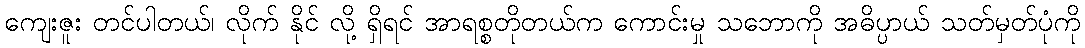
ကျေးဇူး တင်ပါတယ်၊ လိုက် နိုင် လို့ ရှိရင် အာရစ္စတိုတယ်က ကောင်းမှု သဘောကို အဓိပ္ပာယ် သတ်မှတ်ပုံကို